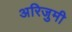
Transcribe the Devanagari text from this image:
अरिजुमी